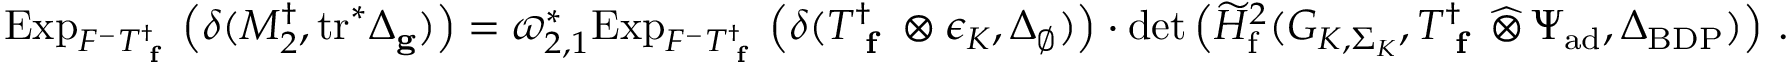
\begin{array} { r } { \mathrm { E x p } _ { F ^ { - } T _ { \textup { \bf f } } ^ { \dagger } } \left( \delta ( M _ { 2 } ^ { \dagger } , \mathrm { t r } ^ { * } \Delta _ { \mathbf { g } } ) \right) = \varpi _ { 2 , 1 } ^ { * } \mathrm { E x p } _ { F ^ { - } T _ { \textup { \bf f } } ^ { \dagger } } \left( \delta ( T _ { \textup { \bf f } } ^ { \dagger } \otimes \epsilon _ { K } , \Delta _ { \emptyset } ) \right) \cdot \operatorname* { d e t } \left( \widetilde { H } _ { \mathrm { f } } ^ { 2 } ( G _ { K , \Sigma _ { K } } , T _ { \textup { \bf f } } ^ { \dagger } \, \widehat \otimes \, \Psi _ { \mathrm { a d } } , \Delta _ { \mathrm { B D P } } ) \right) \, . } \end{array}